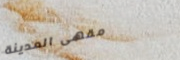
مقهى المدينة